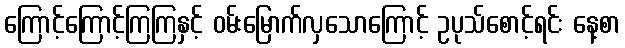
ကြောင့်ကြောင့်ကြကြနှင့် ဝမ်းမြောက်လှသောကြောင့် ဥပုသ်စောင့်ရင်း နေ့စာ